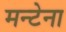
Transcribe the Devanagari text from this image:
मन्टेना